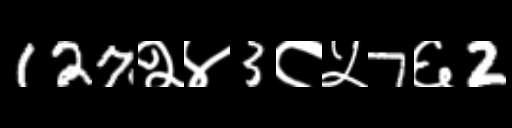
Text: 127२४3८५7६2